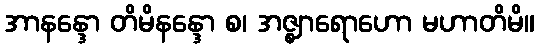
အာနန္ဒော တိမိနန္ဒော စ၊ အဇ္ဈာရောဟော မဟာတိမိ။